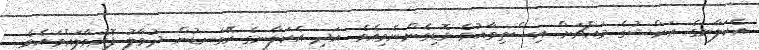
އެކަލާނގެ ޢަރްޝުގެ މައްޗަށް އިސްތިވާއުވެ ވޮޑިގެންނެވިއެވެ. އަދި އެކަލާނގެ ރޭގަނޑުން ދުވާލު ފޮރުވާލައްވައެވެ.